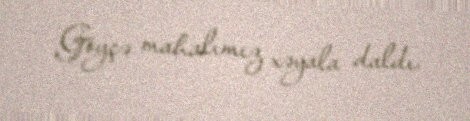
Göyçə mahalımız xəyala daldı.